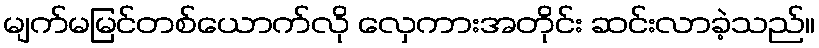
မျက်မမြင်တစ်ယောက်လို လှေကားအတိုင်း ဆင်းလာခဲ့သည်။